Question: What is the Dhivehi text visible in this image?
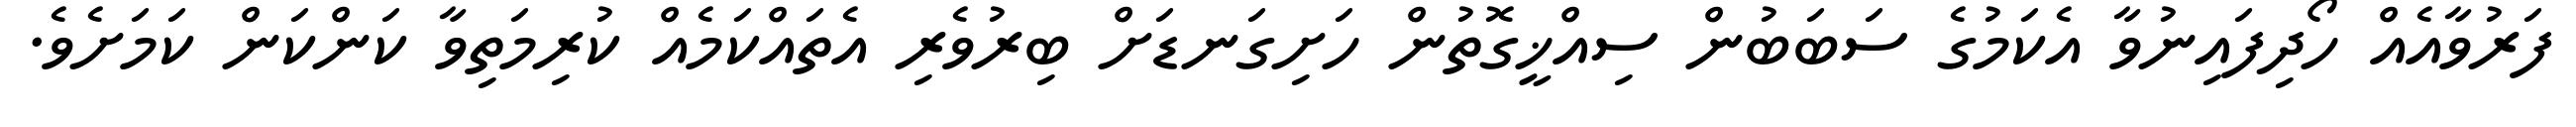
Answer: ފަރުވާއެއް ހޯދިފައިނުވާ އެކަމުގެ ސަބަބުން ސިއްޚީގޮތުން ހަށިގަނޑަށް ބިރުވެރި އެތައްކަމެއް ކުރިމަތިވާ ކަންކަން ކަމަށެވެ.